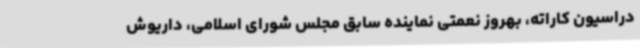
دراسیون کاراته، بهروز نعمتی نماینده سابق مجلس شورای اسلامی، داریوش